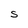
Character: S